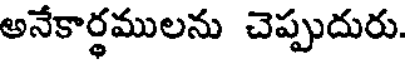
అనేకార్థములను చెప్పుదురు.